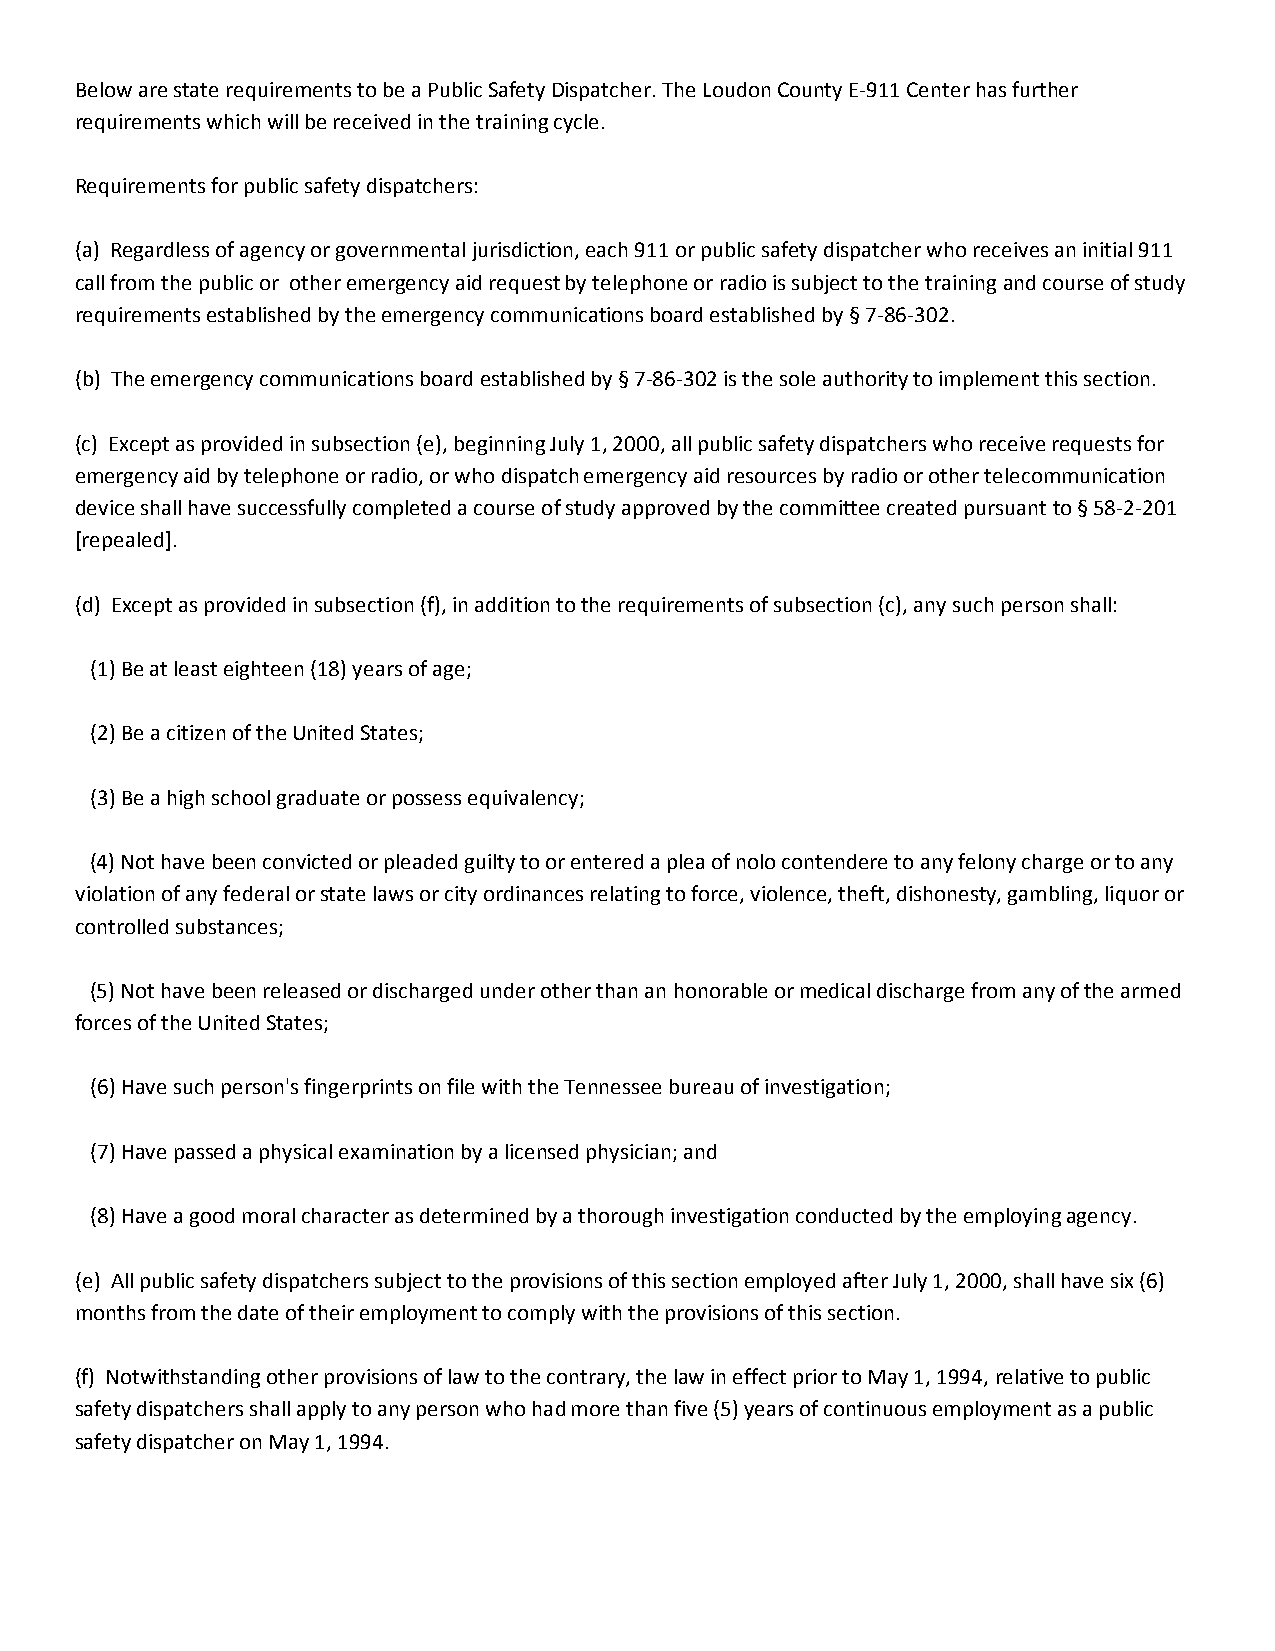
Below are state requirements to be a Public Safety Dispatcher. The Loudon County E-911 Center has further
 requirements which will be received in the training cycle.
 Requirements for public safety dispatchers:
 (a) Regardless of agency or governmental jurisdiction, each 911 or public safety dispatcher who receives an initial 911
 call from the public or other emergency aid request by telephone or radio is subject to the training and course of study
 requirements established by the emergency communications board established by § 7-86-302.
 (b) The emergency communications board established by § 7-86-302 is the sole authority to implement this section.
 (c) Except as provided in subsection (e), beginning July 1, 2000, all public safety dispatchers who receive requests for
 emergency aid by telephone or radio, or who dispatch emergency aid resources by radio or other telecommunication
 device shall have successfully completed a course of study approved by the committee created pursuant to § 58-2-201
 [repealed].
 (d) Except as provided in subsection (f), in addition to the requirements of subsection (c), any such person shall:
 (1) Be at least eighteen (18) years of age;
 (2) Be a citizen of the United States;
 (3) Be a high school graduate or possess equivalency;
 (4) Not have been convicted or pleaded guilty to or entered a plea of nolo contendere to any felony charge or to any
 violation of any federal or state laws or city ordinances relating to force, violence, theft, dishonesty, gambling, liquor or
 controlled substances;
 (5) Not have been released or discharged under other than an honorable or medical discharge from any of the armed
 forces of the United States;
 (6) Have such person's fingerprints on file with the Tennessee bureau of investigation;
 (7) Have passed a physical examination by a licensed physician; and
 (8) Have a good moral character as determined by a thorough investigation conducted by the employing agency.
 (e) All public safety dispatchers subject to the provisions of this section employed after July 1, 2000, shall have six (6)
 months from the date of their employment to comply with the provisions of this section.
 (f) Notwithstanding other provisions of law to the contrary, the law in effect prior to May 1, 1994, relative to public
 safety dispatchers shall apply to any person who had more than five (5) years of continuous employment as a public
 safety dispatcher on May 1, 1994.